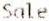
SALE